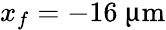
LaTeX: x_{f}=-16~{\upmu\mathrm{m}}